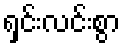
ရှင်းလင်းစွာ